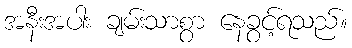
အနီးအပါး ချမ်းသာစွာ နေခွင့်ရသည်။